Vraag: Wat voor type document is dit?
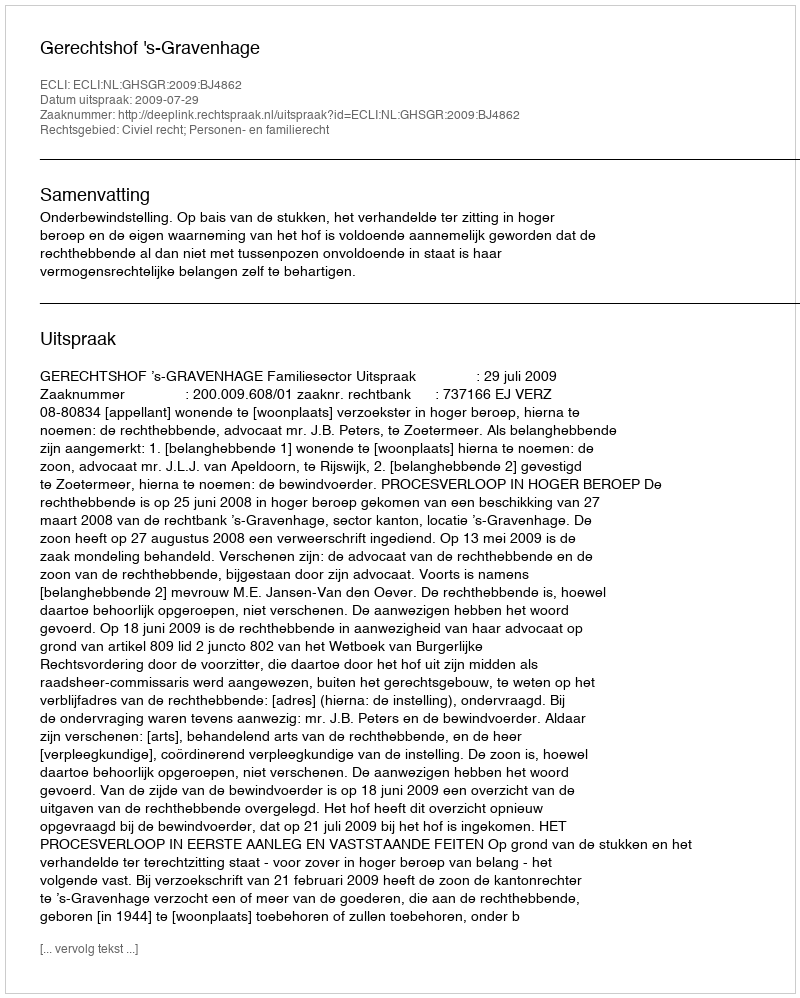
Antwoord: Uitspraak